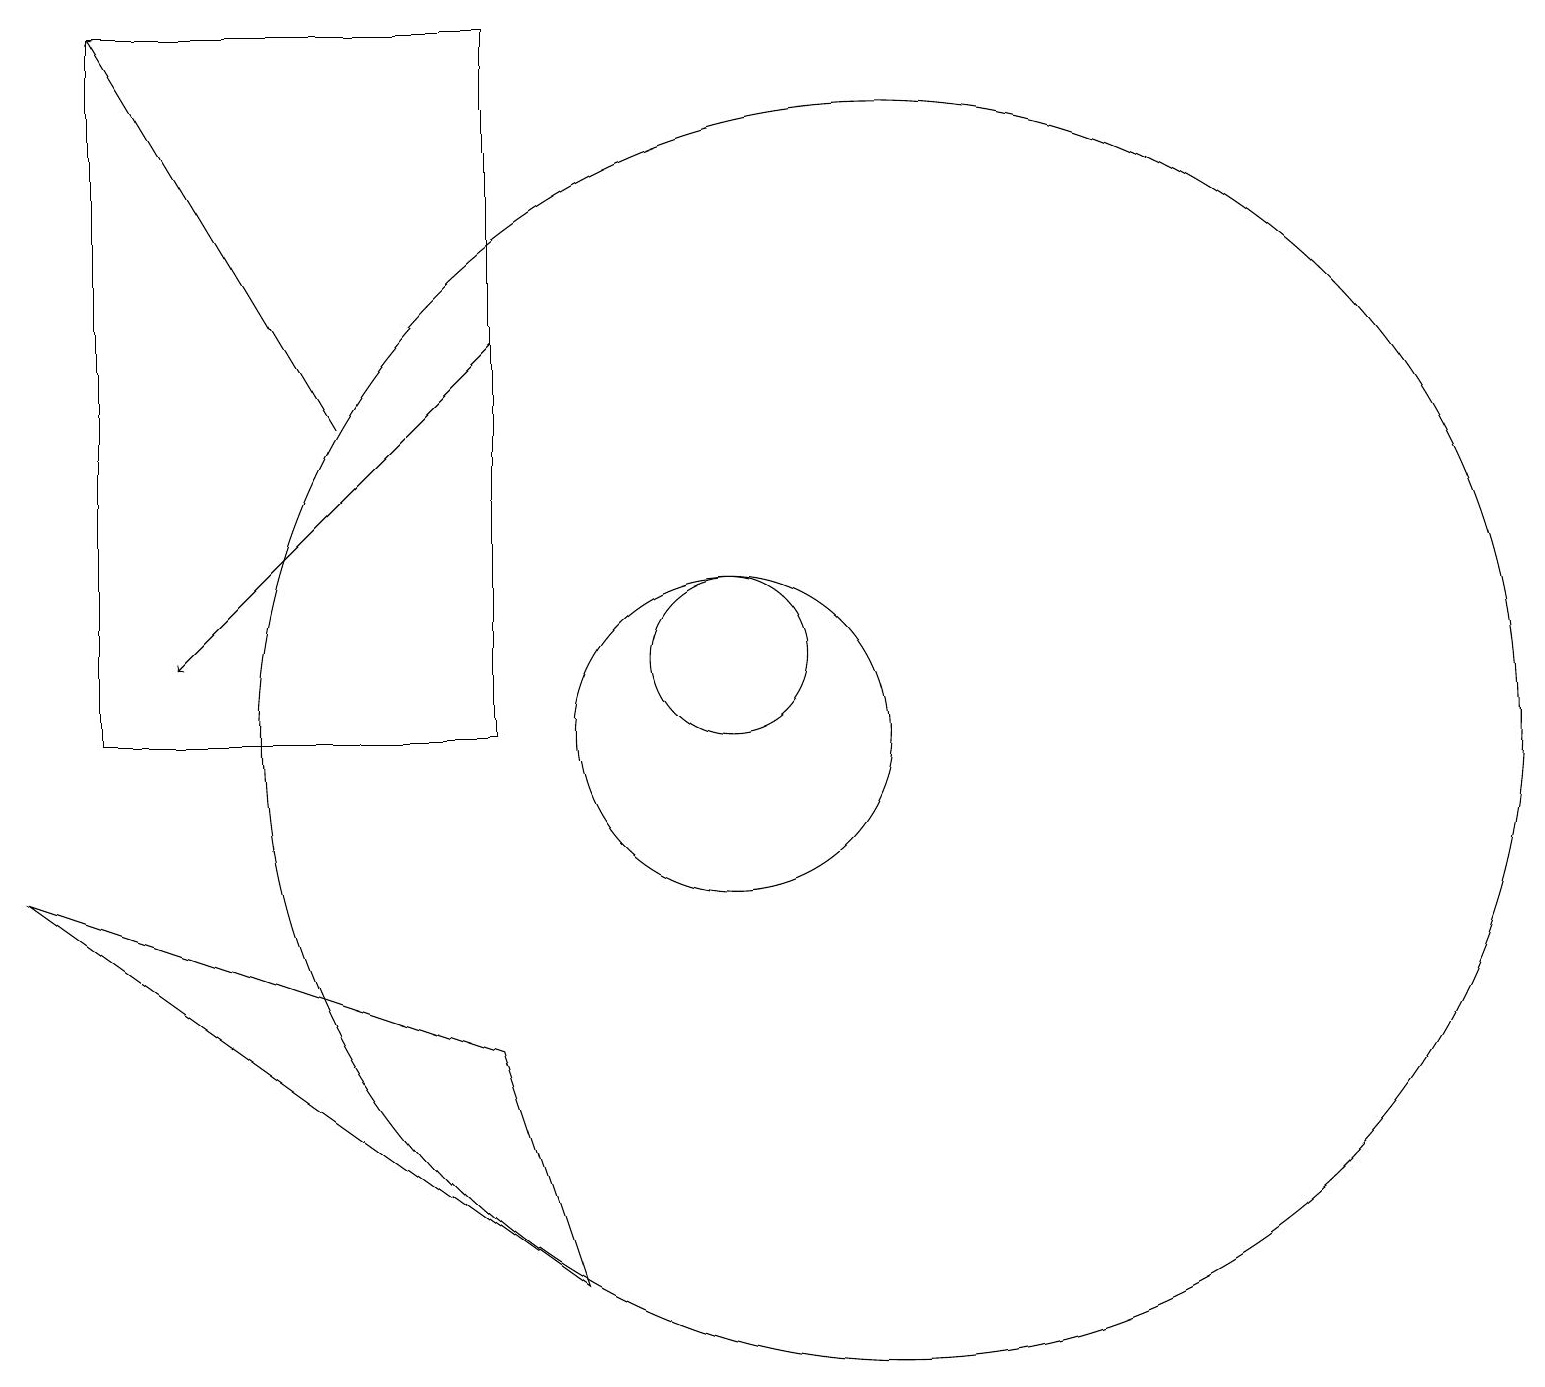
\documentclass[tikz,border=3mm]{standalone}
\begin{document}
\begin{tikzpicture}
\draw (12,10) circle (8);
\draw (7,19) rectangle (2,10);
\draw[->] (5,14) -- (2,19);
\draw (10,10) circle (2);
\draw (1,8) -- (8,3) -- (7,6) -- cycle;
\draw (10,11) circle (1);
\draw[->] (7,15) -- (3,11);
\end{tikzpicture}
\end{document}